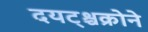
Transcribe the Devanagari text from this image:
दयट्श्चक्रोने